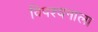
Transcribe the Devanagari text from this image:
विपश्यनाला